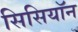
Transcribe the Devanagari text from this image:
सिसियॉन